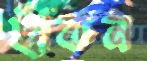
ছাঁকন